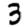
Digit: 3